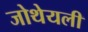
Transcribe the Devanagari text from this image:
जोथेयली